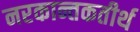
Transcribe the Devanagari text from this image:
नरकान्तकतीर्थ